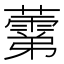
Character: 𧀾